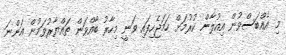
މި އެއްބަސްވުން އިއުލާން ކުރުމަށް ހަމަޖެހިފައި ވަނީ މިހާރު ބާއްވަން ތައްޔާރުވަމުން އަންނަ